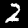
Digit: 2